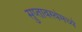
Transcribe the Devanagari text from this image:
सुप्‍तावस्थेमध्ये